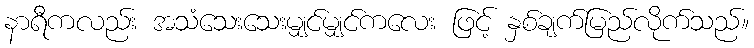
နာရီကလည်း အသံသေးသေးမျှင်မျှင်ကလေး ဖြင့် နှစ်ချက်မြည်လိုက်သည်။